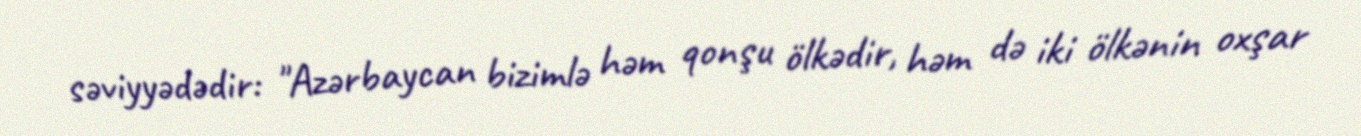
səviyyədədir: "Azərbaycan bizimlə həm qonşu ölkədir, həm də iki ölkənin oxşar